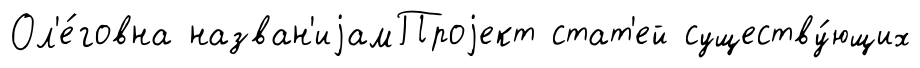
Ол'е́говна назван'иjамПроjект стат'ей существу́ющих